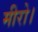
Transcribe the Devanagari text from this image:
मीरो।